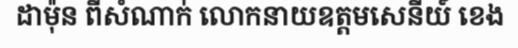
ដាម៉ុន ពីសំណាក់ លោកនាយឧត្តមសេនីយ៍ ខេង